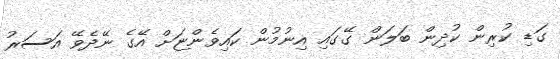
ގަޑި ކުރިން ކުދިން ބަލަން ގޭގައި އިނުމުން ކައިވެންޏަށް އޭގެ ނޭދެވޭ އަސަރު